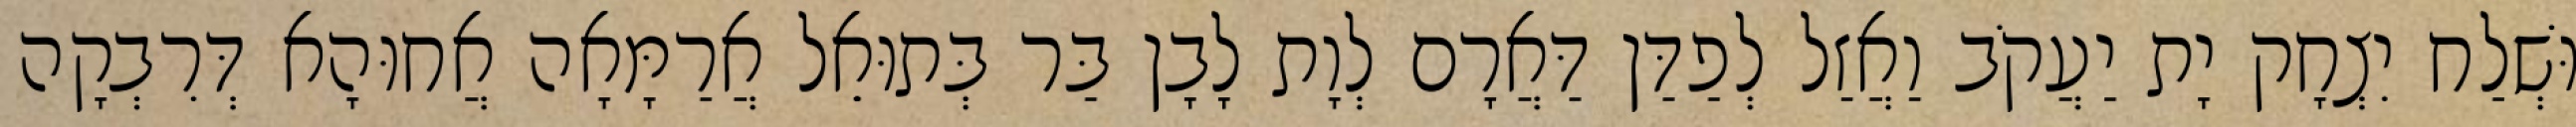
וּשְׁלַח יִצְחָק יָת יַעֲקֹב וַאֲזַל לְפַדַּן דַּאֲרָם לְוָת לָבָן בַּר בְּתוּאֵל אֲרַמָּאָה אֲחוּהָא דְּרִבְקָה